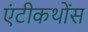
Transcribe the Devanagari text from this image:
एंटीकथोंस